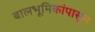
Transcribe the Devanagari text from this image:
बालभूमिकांपासून